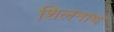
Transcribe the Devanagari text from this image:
शिलनाथ